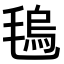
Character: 𣯑